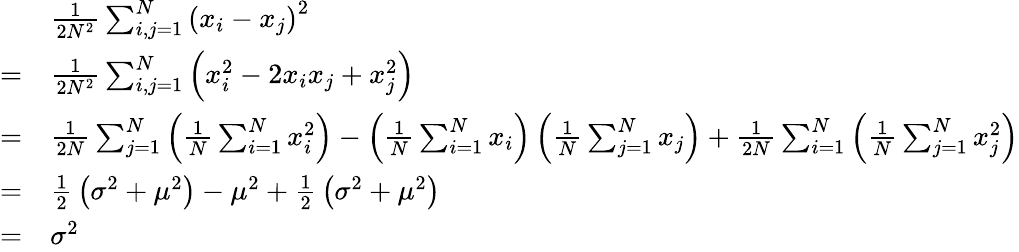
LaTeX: {\begin{array}{rl}&{{\frac{1}{2N^{2}}}\sum_{i,j=1}^{N}\left(x_{i}-x_{j}\right)^{2}}\\ {=}&{{\frac{1}{2N^{2}}}\sum_{i,j=1}^{N}\left(x_{i}^{2}-2x_{i}x_{j}+x_{j}^{2}\right)}\\ {=}&{{\frac{1}{2N}}\sum_{j=1}^{N}\left({\frac{1}{N}}\sum_{i=1}^{N}x_{i}^{2}\right)-\left({\frac{1}{N}}\sum_{i=1}^{N}x_{i}\right)\left({\frac{1}{N}}\sum_{j=1}^{N}x_{j}\right)+{\frac{1}{2N}}\sum_{i=1}^{N}\left({\frac{1}{N}}\sum_{j=1}^{N}x_{j}^{2}\right)}\\ {=}&{{\frac{1}{2}}\left(\sigma^{2}+\mu^{2}\right)-\mu^{2}+{\frac{1}{2}}\left(\sigma^{2}+\mu^{2}\right)}\\ {=}&{\sigma^{2}}\end{array}}